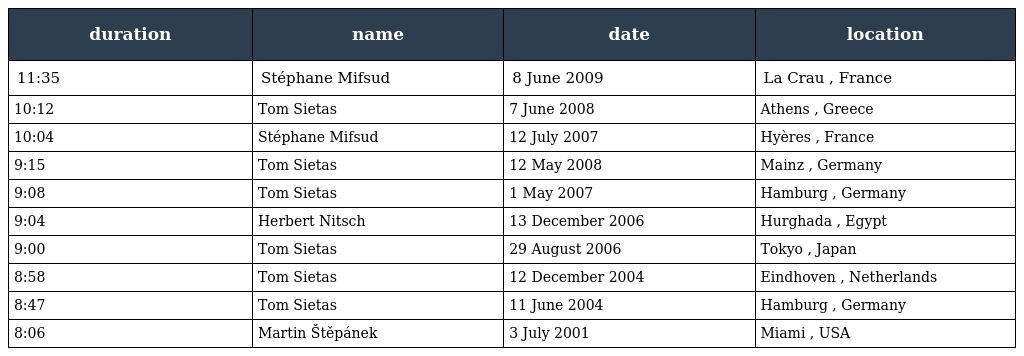
| duration | name | date | location |
 | --- | --- | --- | --- |
 | 11:35 | Stéphane Mifsud | 8 June 2009 | La Crau , France |
 | 10:12 | Tom Sietas | 7 June 2008 | Athens , Greece |
 | 10:04 | Stéphane Mifsud | 12 July 2007 | Hyères , France |
 | 9:15 | Tom Sietas | 12 May 2008 | Mainz , Germany |
 | 9:08 | Tom Sietas | 1 May 2007 | Hamburg , Germany |
 | 9:04 | Herbert Nitsch | 13 December 2006 | Hurghada , Egypt |
 | 9:00 | Tom Sietas | 29 August 2006 | Tokyo , Japan |
 | 8:58 | Tom Sietas | 12 December 2004 | Eindhoven , Netherlands |
 | 8:47 | Tom Sietas | 11 June 2004 | Hamburg , Germany |
 | 8:06 | Martin Štěpánek | 3 July 2001 | Miami , USA |